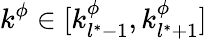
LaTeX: k^{\phi}\in[k_{l^{*}-1}^{\phi},k_{l^{*}+1}^{\phi}]